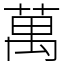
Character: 萬